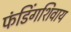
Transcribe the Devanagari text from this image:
फंडिंगशिवाय